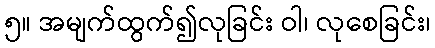
၅။ အမျက်ထွက်၍လုခြင်း ဝါ၊ လုစေခြင်း၊